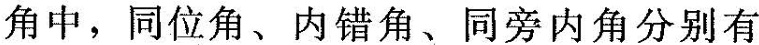
角中，同位角、内错角、同旁内角分别有